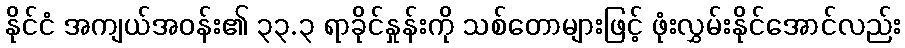
နိုင်ငံ အကျယ်အဝန်း၏ ၃၃.၃ ရာခိုင်နှုန်းကို သစ်တောများဖြင့် ဖုံးလွှမ်းနိုင်အောင်လည်း